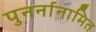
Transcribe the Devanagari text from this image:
पुनर्नानामित